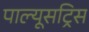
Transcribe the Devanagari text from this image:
पाल्यूसट्रिस